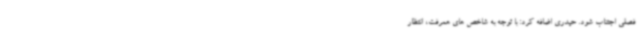
فصلی اجتناب شود. حیدری اضافه کرد: با توجه به شاخص های همرفت، انتظار